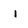
Character: i